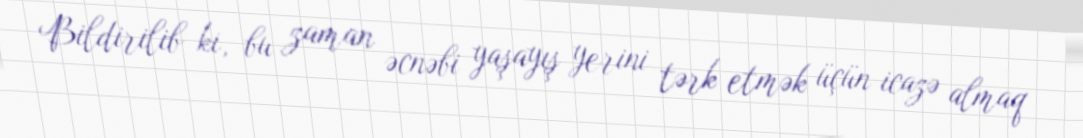
Bildirilib ki, bu zaman əcnəbi yaşayış yerini tərk etmək üçün icazə almaq